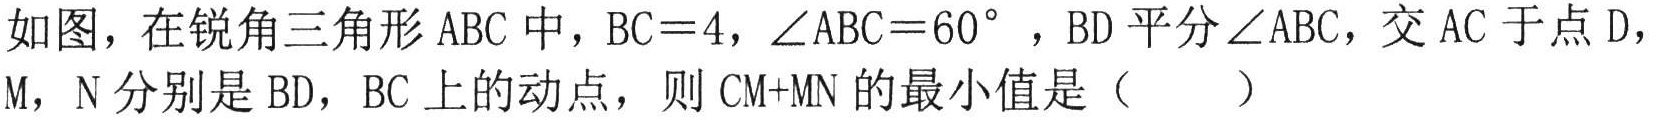
如图，在锐角三角形 \(ABC\) 中，\(BC = 4\)，\(\angle ABC=60^{\circ}\) ，\(BD\) 平分 \(\angle ABC\)，交 \(AC\) 于点 \(D\)，\(M\)，\(N\) 分别是 \(BD\)，\(BC\) 上的动点，则 \(CM + MN\) 的最小值是（  ）